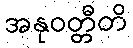
အနုဝတ္တီတိ